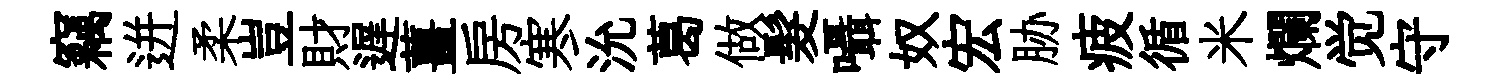
竊迸柔豈財遅薑房寒沇葛做髮囁奴宏胁疲循米爛觉守